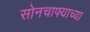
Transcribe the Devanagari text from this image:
सोनचाफ्याच्या